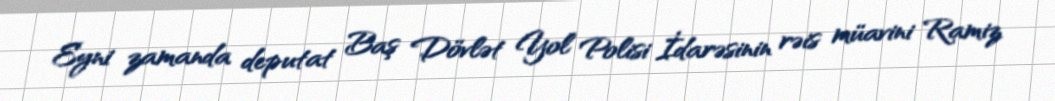
Eyni zamanda deputat Baş Dövlət Yol Polisi İdarəsinin rəis müavini Ramiz